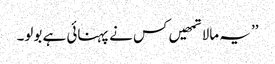
’’ یہ مالا تمھیں کس نے پہنائی ہے بولو۔